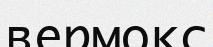
вермокс